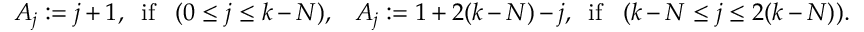
A _ { j } : = j + 1 , \; \; \mathrm { i f } \; \; \; ( 0 \leq j \leq k - N ) , \; \; \; A _ { j } : = 1 + 2 ( k - N ) - j , \; \; \mathrm { i f } \; \; \; ( k - N \leq j \leq 2 ( k - N ) ) .